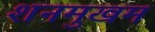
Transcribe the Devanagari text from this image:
शनमुखम